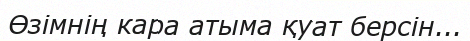
Өзімнің кара атыма қуат берсін...